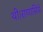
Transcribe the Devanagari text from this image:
थी।राणासिंघे